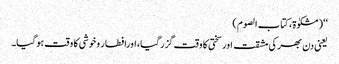
‘‘(مشکوٰۃ، کتاب الصوم)
یعنی دن بھر کی مشقت اورسختی کا وقت گزرگیا، اورافطار وخوشی کا وقت ہوگیا۔